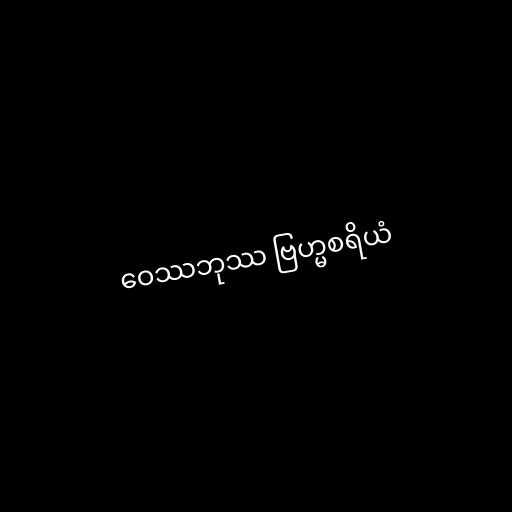
ဝေဿဘုဿ ဗြဟ္မစရိယံ